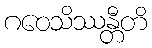
ဂဝေသိဿန္တီတိ